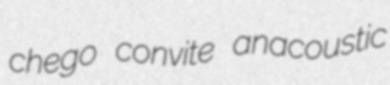
chego convite anacoustic